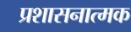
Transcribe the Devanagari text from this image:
प्रशासनात्मक